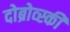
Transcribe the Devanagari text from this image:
दोब्रोव्स्की